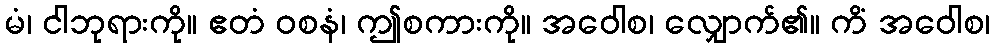
မံ၊ ငါဘုရားကို။ ဧတံ ဝစနံ၊ ဤစကားကို။ အဝေါစ၊ လျှောက်၏။ ကိံ အဝေါစ၊